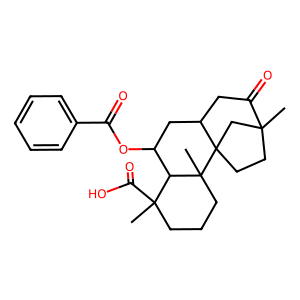
SMILES: CC12CCC3(C1)C(CC2=O)CC(OC(=O)c1ccccc1)C1C(C)(C(=O)O)CCCC13C
Inhibits HIV replication: No